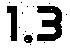
1.3